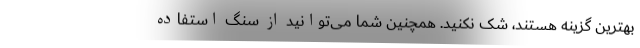
بهترین گزینه هستند، شک نکنید. همچنین شما می‌توانید از سنگ استفاده